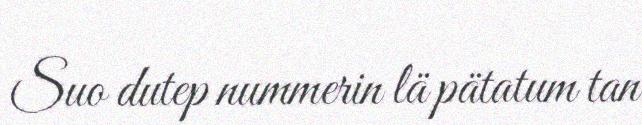
Suo dutep nummerin lä pätatum tan